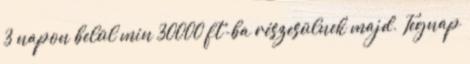
3 napon belül min 30000 ft-ba részesülnek majd. Tegnap